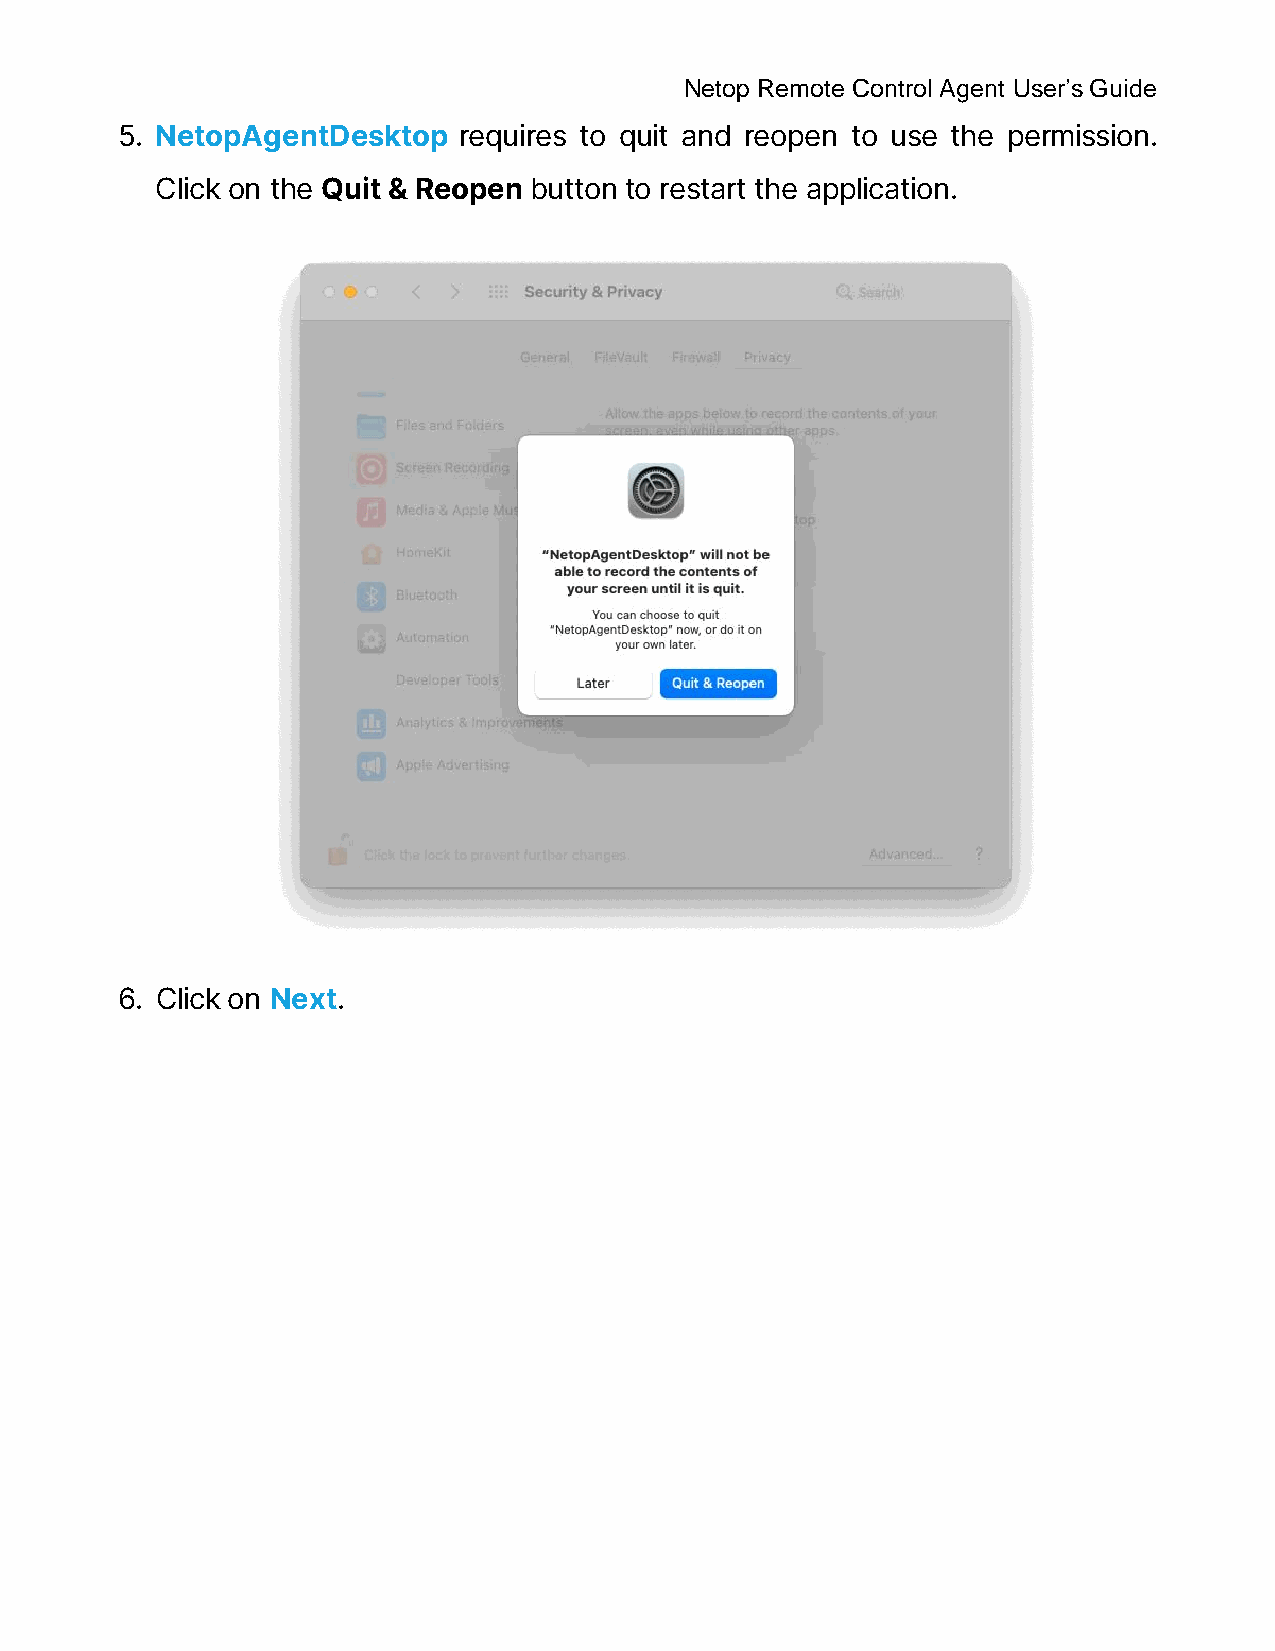
Netop Remote Control Agent User’s Guide
 5. NetopAgentDesktop  requires to quit and reopen to use the permission.
 Click on the Quit & Reopen button to restart the application.
 6. Click on Next.